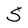
Character: S